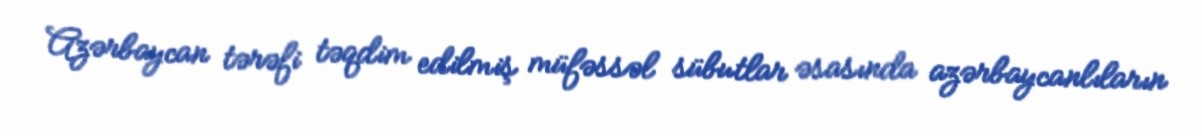
Azərbaycan tərəfi təqdim edilmiş müfəssəl sübutlar əsasında azərbaycanlıların